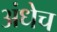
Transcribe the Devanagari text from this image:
अंधेच